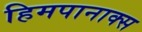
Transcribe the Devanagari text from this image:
हिमपानाक्स